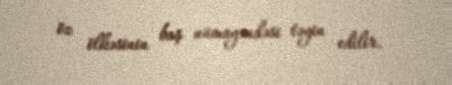
öz ölkəsinin baş nümayəndəsi təyin edilir.